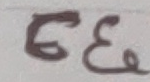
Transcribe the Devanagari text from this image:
६६